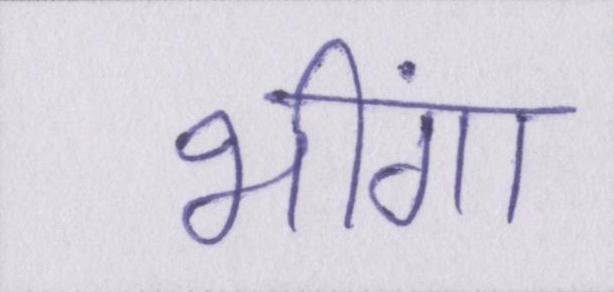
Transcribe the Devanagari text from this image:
भींगा